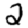
Digit: 2